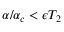
\alpha / \alpha _ { c } < \epsilon T _ { 2 }